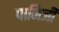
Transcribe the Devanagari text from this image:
पानिजी